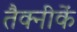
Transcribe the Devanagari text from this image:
तैक्नीकें